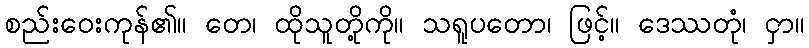
စည်းဝေးကုန်၏။ တေ၊ ထိုသူတို့ကို။ သရူပတော၊ ဖြင့်။ ဒေဿတုံ၊ ငှာ။